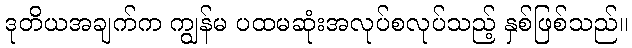
ဒုတိယအချက်က ကျွန်မ ပထမဆုံးအလုပ်စလုပ်သည့် နှစ်ဖြစ်သည်။